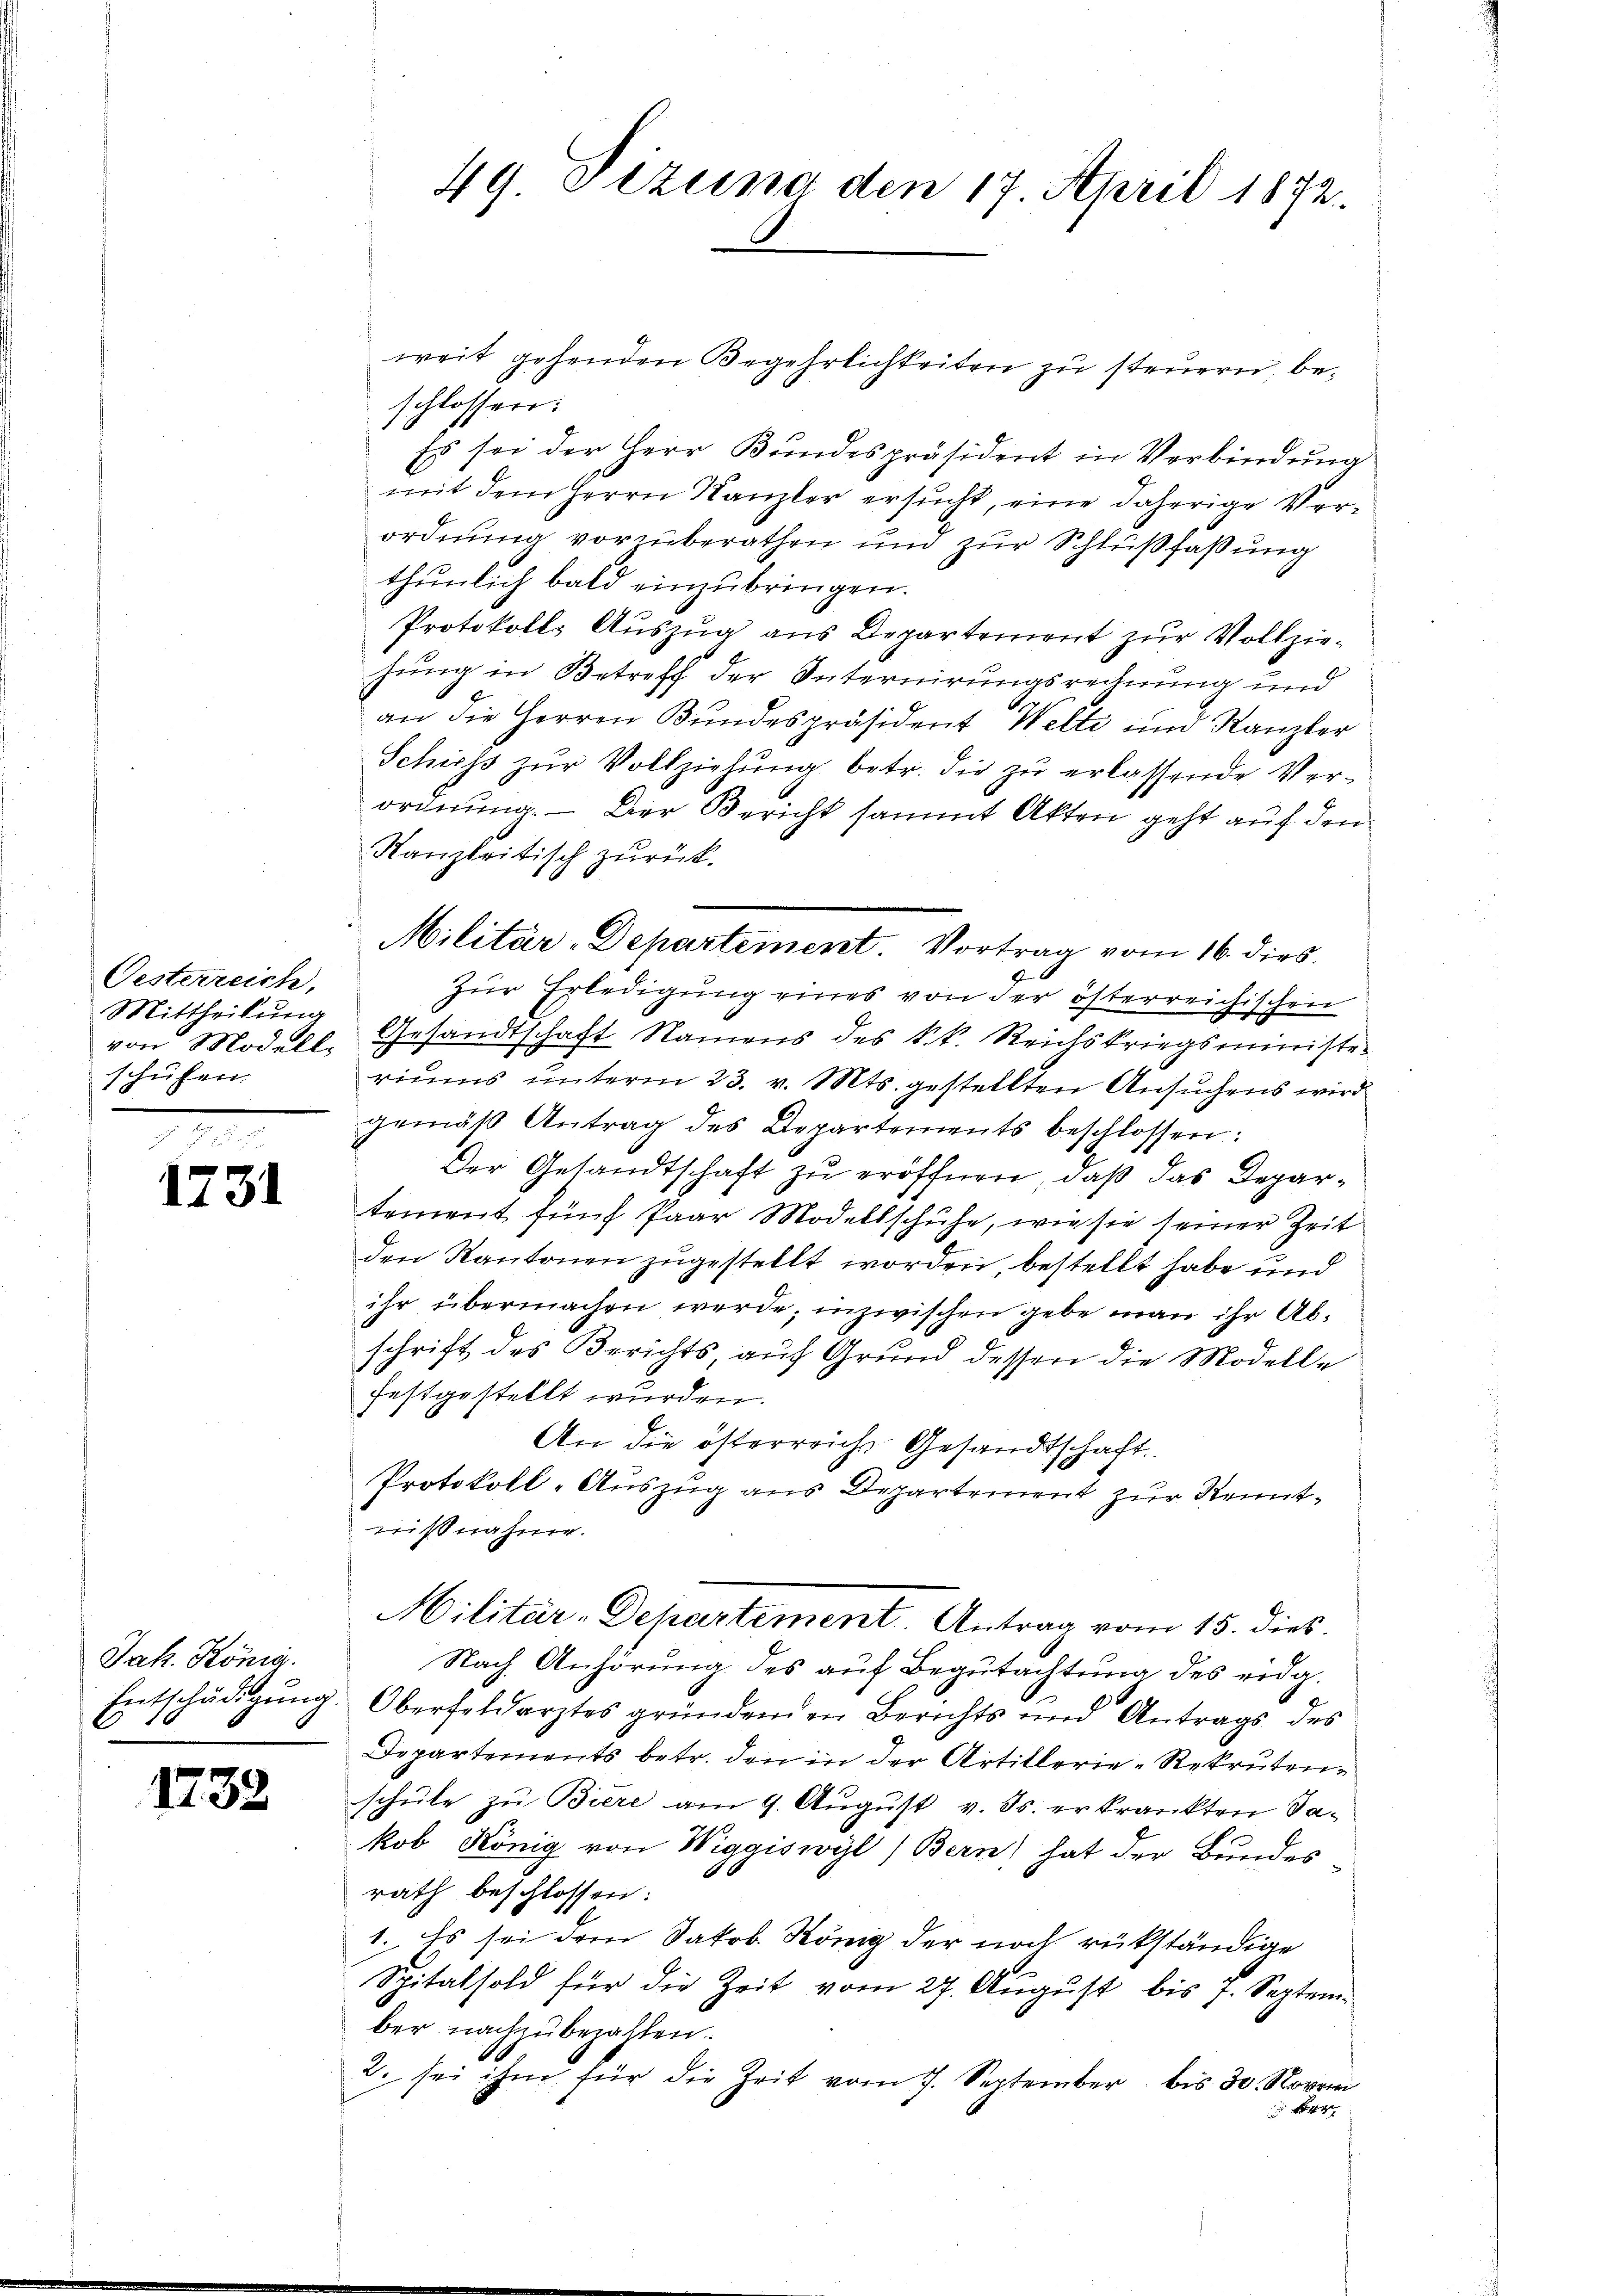
Oesterreich,
Mittheilung
schuhen.

1731

Jak. König.

1732

weit gehenden Begehrlichkeiten zu steuern, beschlossen:
Es sei der Herr Bundespräsident in Verbindung
mit dem Herrn Kanzler ersucht, eine daherige Verordnung vorzuberathen und zur Schlußfaßung
thunlich bald einzubringen.
Protokolls Auszug aus Departement zur Vollziehung in Betreff der Internirungsrechnung und
an die Herren Bundespräsident Welti und Kanzler
Schiess zŭr Vollziehŭng betr. die zŭ erlassende Ver-
ordnung. - Der Bericht sammt Akten geht auf den
Kanzleitisch zurück.
Zur Erledigung eines von der österreichischen
von Modell, Gesandtschaft Namens des k.k. Reichskriegsministe
riums unterm 23. v. Mts. gestellten Ansuchens wird
gemäβ Antrag des Departements beschlossen:
Der Gesandtschaft zu eröffnen, daß das Departement fünf Paar Modellschuhe, wie sie seiner Zeit
den Kantonen zugestellt worden, bestellt habe und
ihr übermachen werde; inzwischen gebe man ihr Abschrift des Berichts, auf Grund dessen die Modelle
festgestellt wurden.
An die österreichs Gesandtschaft.
Protokoll-Auszug aus Departement zur Kenntnißnahme.
Militär-Departement. Antrag vom 15. dies
Nach Anhörung des auf Begutachtung des eidg.
Entschädigŭng. Oberfeldarztes gründenden Berichts und Antrags des
Departements betr. den in der Artillerie-Rekrutenschule zu Biere am 9. August v. Js. erkrankten Sakob König von Wiggiswyl) Bern) hat der Bundes
rath beschlossen:
1. Es sei dem Jakob. König der noch rükständige
1
Spitalsold für die Zeit vom 27. Aŭgŭst bis 7. September nachzubezahlen.
2. sei ihm für die Zeit vom 7. September bis 30. Novem

49. Dezuna den 17. April 1872.

Militär-Departement. Vortrag vom 16. dies